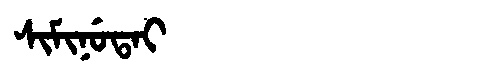
Manchu: ᠰᡳᠮᡳᠨᡠᡨᠠᡳ
Romanization: SIMINUTAI